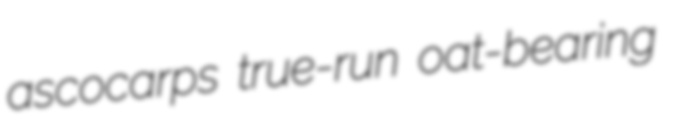
ascocarps true-run oat-bearing